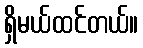
ရှိမယ်ထင်တယ်။